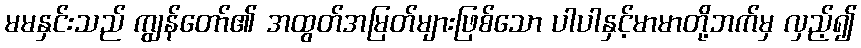
မမနှင်းသည် ကျွန်တော်၏ အထွတ်အမြတ်များဖြစ်သော ပါပါနှင့်မာမာတို့ဘက်မှ လှည့်၍